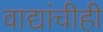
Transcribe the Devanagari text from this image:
वाद्यांचीही